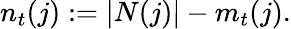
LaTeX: n_{t}(j):=|N(j)|-m_{t}(j).